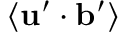
\langle { { \bf { u } } ^ { \prime } \cdot { \bf { b } } ^ { \prime } } \rangle